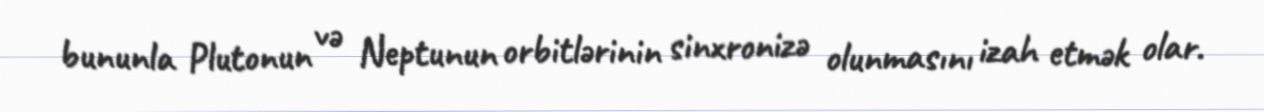
bununla Plutonun və Neptunun orbitlərinin sinxronizə olunmasını izah etmək olar.